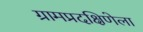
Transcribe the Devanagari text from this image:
ग्रामप्रदक्षिणेला